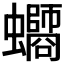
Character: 𧔸